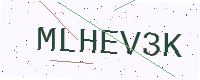
Text: MLHEV3K